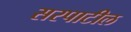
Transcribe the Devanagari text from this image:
सरपाटील